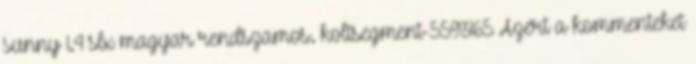
sunny 1.4 slx magyar rendszamos. koltsegment-5593165 Azért a kommenteket